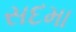
સદમા